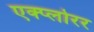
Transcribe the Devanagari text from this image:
एक्प्लोरर